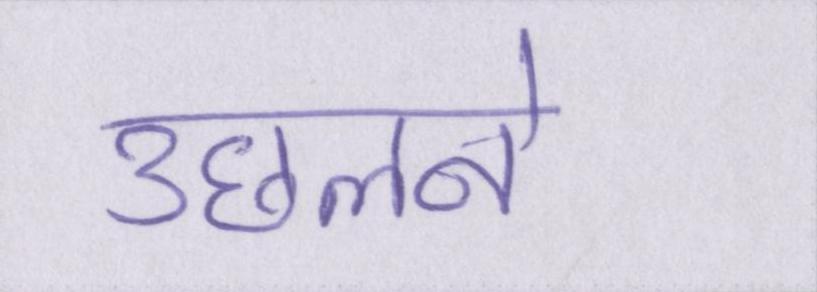
उछलने